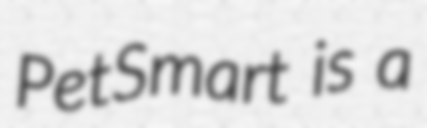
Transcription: PetSmart is a